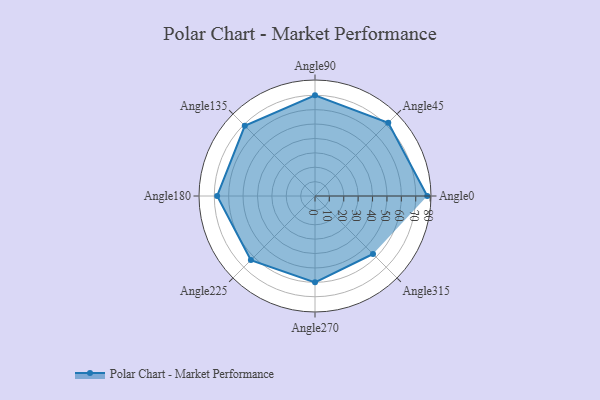
{"axis": {"x": "Angle", "y": "Radius"}, "legend": [""], "data": [{"x": "Angle0", "y": 78.0, "type": ""}, {"x": "Angle45", "y": 72.0, "type": ""}, {"x": "Angle90", "y": 70.0, "type": ""}, {"x": "Angle135", "y": 69.0, "type": ""}, {"x": "Angle180", "y": 68.0, "type": ""}, {"x": "Angle225", "y": 63.0, "type": ""}, {"x": "Angle270", "y": 60.0, "type": ""}, {"x": "Angle315", "y": 57.0, "type": ""}]}